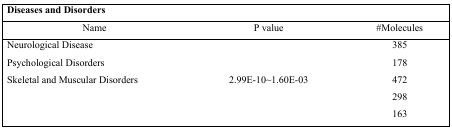
<table><thead><tr><td colspan="3"><b>Diseases and Disorders</b></td></tr><tr><td><b>Name</b></td><td><b>P value</b></td><td><b>#Molecules</b></td></tr></thead><tbody><tr><td>Neurological Disease</td><td>[EMPTY_CELL]</td><td>385</td></tr><tr><td>Psychological Disorders</td><td>[EMPTY_CELL]</td><td>178</td></tr><tr><td>Skeletal and Muscular Disorders</td><td>2.99E-10~1.60E-03</td><td>472</td></tr><tr><td>[EMPTY_CELL]</td><td>[EMPTY_CELL]</td><td>298</td></tr><tr><td>[EMPTY_CELL]</td><td>[EMPTY_CELL]</td><td>163</td></tr></tbody></table>